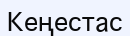
Кеңестас